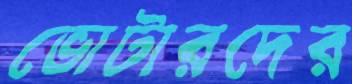
ভোটারদের